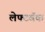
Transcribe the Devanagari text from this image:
लेफ्टबॅक